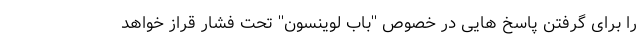
را برای گرفتن پاسخ ‌هایی در خصوص ''باب لوینسون'' تحت فشار قراز خواهد